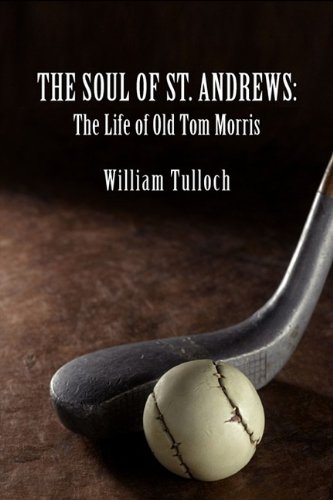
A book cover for The Soul of St. Andrews: The Life of Old Tom Morris; William Tulloch; Biographies & Memoirs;